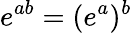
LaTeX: e^{ab}=(e^{a})^{b}